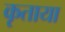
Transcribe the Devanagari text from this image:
कृताया